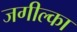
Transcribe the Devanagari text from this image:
जगील्का